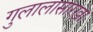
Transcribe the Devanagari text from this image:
गुलालासारखा